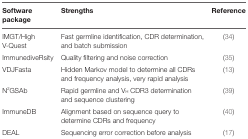
| Software package | Strengths | Reference |
 | --- | --- | --- |
 | IMGT/High V-Quest | Fast germline identification, CDR determination, and batch submission | (34) |
 | ImmunediveRsity | Quality filtering and noise correction | (35) |
 | VDJFasta | Hidden Markov model to determine all CDRs and frequency analysis, very rapid analysis | (13) |
 | N2GSAb | Rapid germline and VH CDR3 determination and sequence clustering | (39) |
 | ImmuneDB | Alignment based on sequence query to determine CDRs and frequency | (40) |
 | DEAL | Sequencing error correction before analysis | (17) |